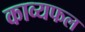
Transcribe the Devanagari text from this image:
काव्यफल